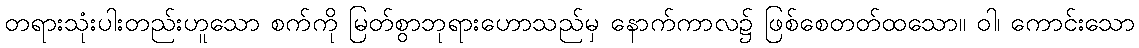
တရားသုံးပါးတည်းဟူသော စက်ကို မြတ်စွာဘုရားဟောသည်မှ နောက်ကာလ၌ ဖြစ်စေတတ်ထသော။ ဝါ၊ ကောင်းသော